Indian journal of veterinary science and animal husbandry - Volume 2,
Year: 1932
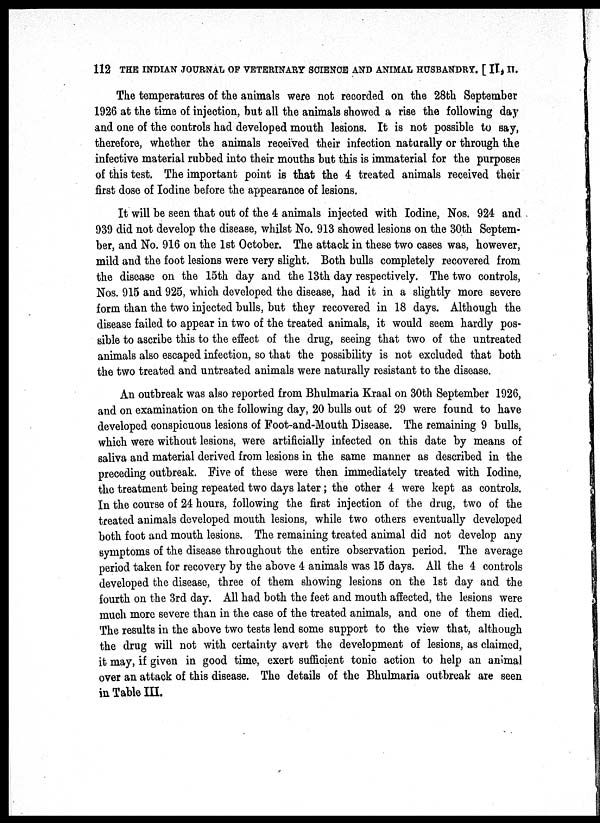
112 THE INDIAN JOURNAL OF VETERINARY SCIENCE AND ANIMAL HUSBANDRY. [ II., II.
The temperatures of the animals were not recorded on the 28th September
1926 at the time of injection, but all the animals showed a rise the following day
and one of the controls had developed mouth lesions. It is not possible to say,
therefore, whether the animals received their infection naturally or through the
infective material rubbed into their mouths but this is immaterial for the purposes
of this test. The important point is that the 4 treated animals received their
first dose of Iodine before the appearance of lesions.
It will be seen that out of the 4 animals injected with Iodine, Nos. 924 and
939 did not develop the disease, whilst No. 913 showed lesions on the 30th Septem-
ber, and No. 916 on the 1st October. The attack in these two cases was, however,
mild and the foot lesions were very slight. Both bulls completely recovered from
the disease on the 15th day and the 13th day respectively. The two controls,
Nos. 915 and 925, which developed the disease, had it in a slightly more severe
form than the two injected bulls, but they recovered in 18 days. Although the
disease failed to appear in two of the treated animals, it would seem hardly pos-
sible to ascribe this to the effect of the drug, seeing that two of the untreated
animals also escaped infection, so that the possibility is not excluded that both
the two treated and untreated animals were naturally resistant to the disease.
An outbreak was also reported from Bhulmaria Kraal on 30th September 1926,
and on examination on the following day, 20 bulls out of 29 were found to have
developed conspicuous lesions of Foot-and-Mouth Disease. The remaining 9 bulls,
which were without lesions, were artificially infected on this date by means of
saliva and material derived from lesions in the same manner as described in the
preceding outbreak. Five of these were then immediately treated with Iodine,
the treatment being repeated two days later; the other 4 were kept as controls.
In the course of 24 hours, following the first injection of the drug, two of the
treated animals developed mouth lesions, while two others eventually developed
both foot and mouth lesions. The remaining treated animal did not develop any
symptoms of the disease throughout the entire observation period. The average
period taken for recovery by the above 4 animals was 15 days. All the 4 controls
developed the disease, three of them showing lesions on the 1st day and the
fourth on the 3rd day. All had both the feet and mouth affected, the lesions were
much more severe than in the case of the treated animals, and one of them died.
The results in the above two tests lend some support to the view that, although
the drug will not with certainty avert the development of lesions, as claimed,
it may, if given in good time, exert sufficient tonic action to help an animal
over an attack of this disease. The details of the Bhulmaria outbreak are seen
in Table III.